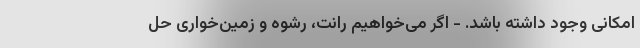
امکانی وجود داشته باشد. - اگر می‌خواهیم رانت، رشوه و زمین‌خواری حل